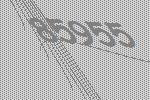
85955